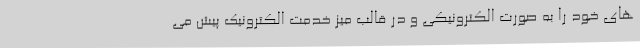
های خود را به صورت الکترونیکی و در قالب میز خدمت الکترونیک پیش می